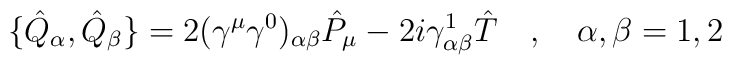
\{\hat{Q}_\alpha,\hat{Q}_\beta\}=2(\gamma^\mu\gamma^0)_{\alpha\beta}\hat{P}_\mu-2i\gamma^1_{\alpha\beta}\hat{T}\quad , \quad \alpha ,\beta=1,2